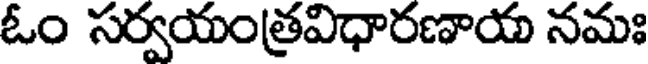
ఓం సర్వయంత్రవిధారణాయ నమః